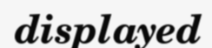
displayed